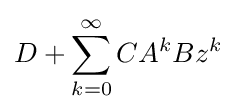
D+\sum _{k=0}^{\infty }CA^{k}Bz^{k}